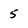
Character: 5